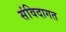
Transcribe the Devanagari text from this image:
संविदागत